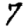
Digit: 7